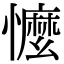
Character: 懡